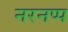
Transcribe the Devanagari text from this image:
नरनप्प